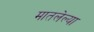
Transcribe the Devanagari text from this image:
मातलेल्या